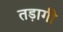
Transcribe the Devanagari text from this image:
तड़ागी